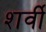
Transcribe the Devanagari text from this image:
शर्वी